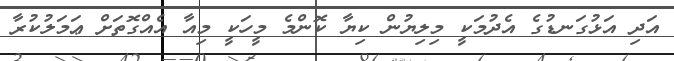
އަދި އަޅުގަނޑުގެ އެދުމަކީ މިލިޔުން ކިޔާ ކޮންމެ މީހަކީ މިއާ އެއްގޮތަށް ޢަމަލުކުރާ